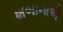
શબાનાએ